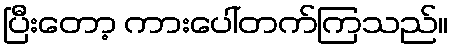
ပြီးတော့ ကားပေါ်တက်ကြသည်။